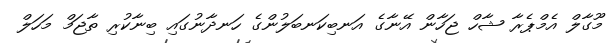
މޫގާލް އެމްޕެރާ ޝާހް ޖަހާން އޭނާގެ އަނބިކަނބަލުންގެ ހަނދާނުގައި ބިނާކުރި ތާޖަމް މަހަލް